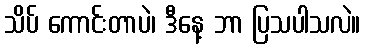
သိပ် ကောင်းတာပဲ၊ ဒီနေ့ ဘာ ပြသပါသလဲ။